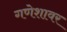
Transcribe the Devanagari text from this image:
गणेशावर